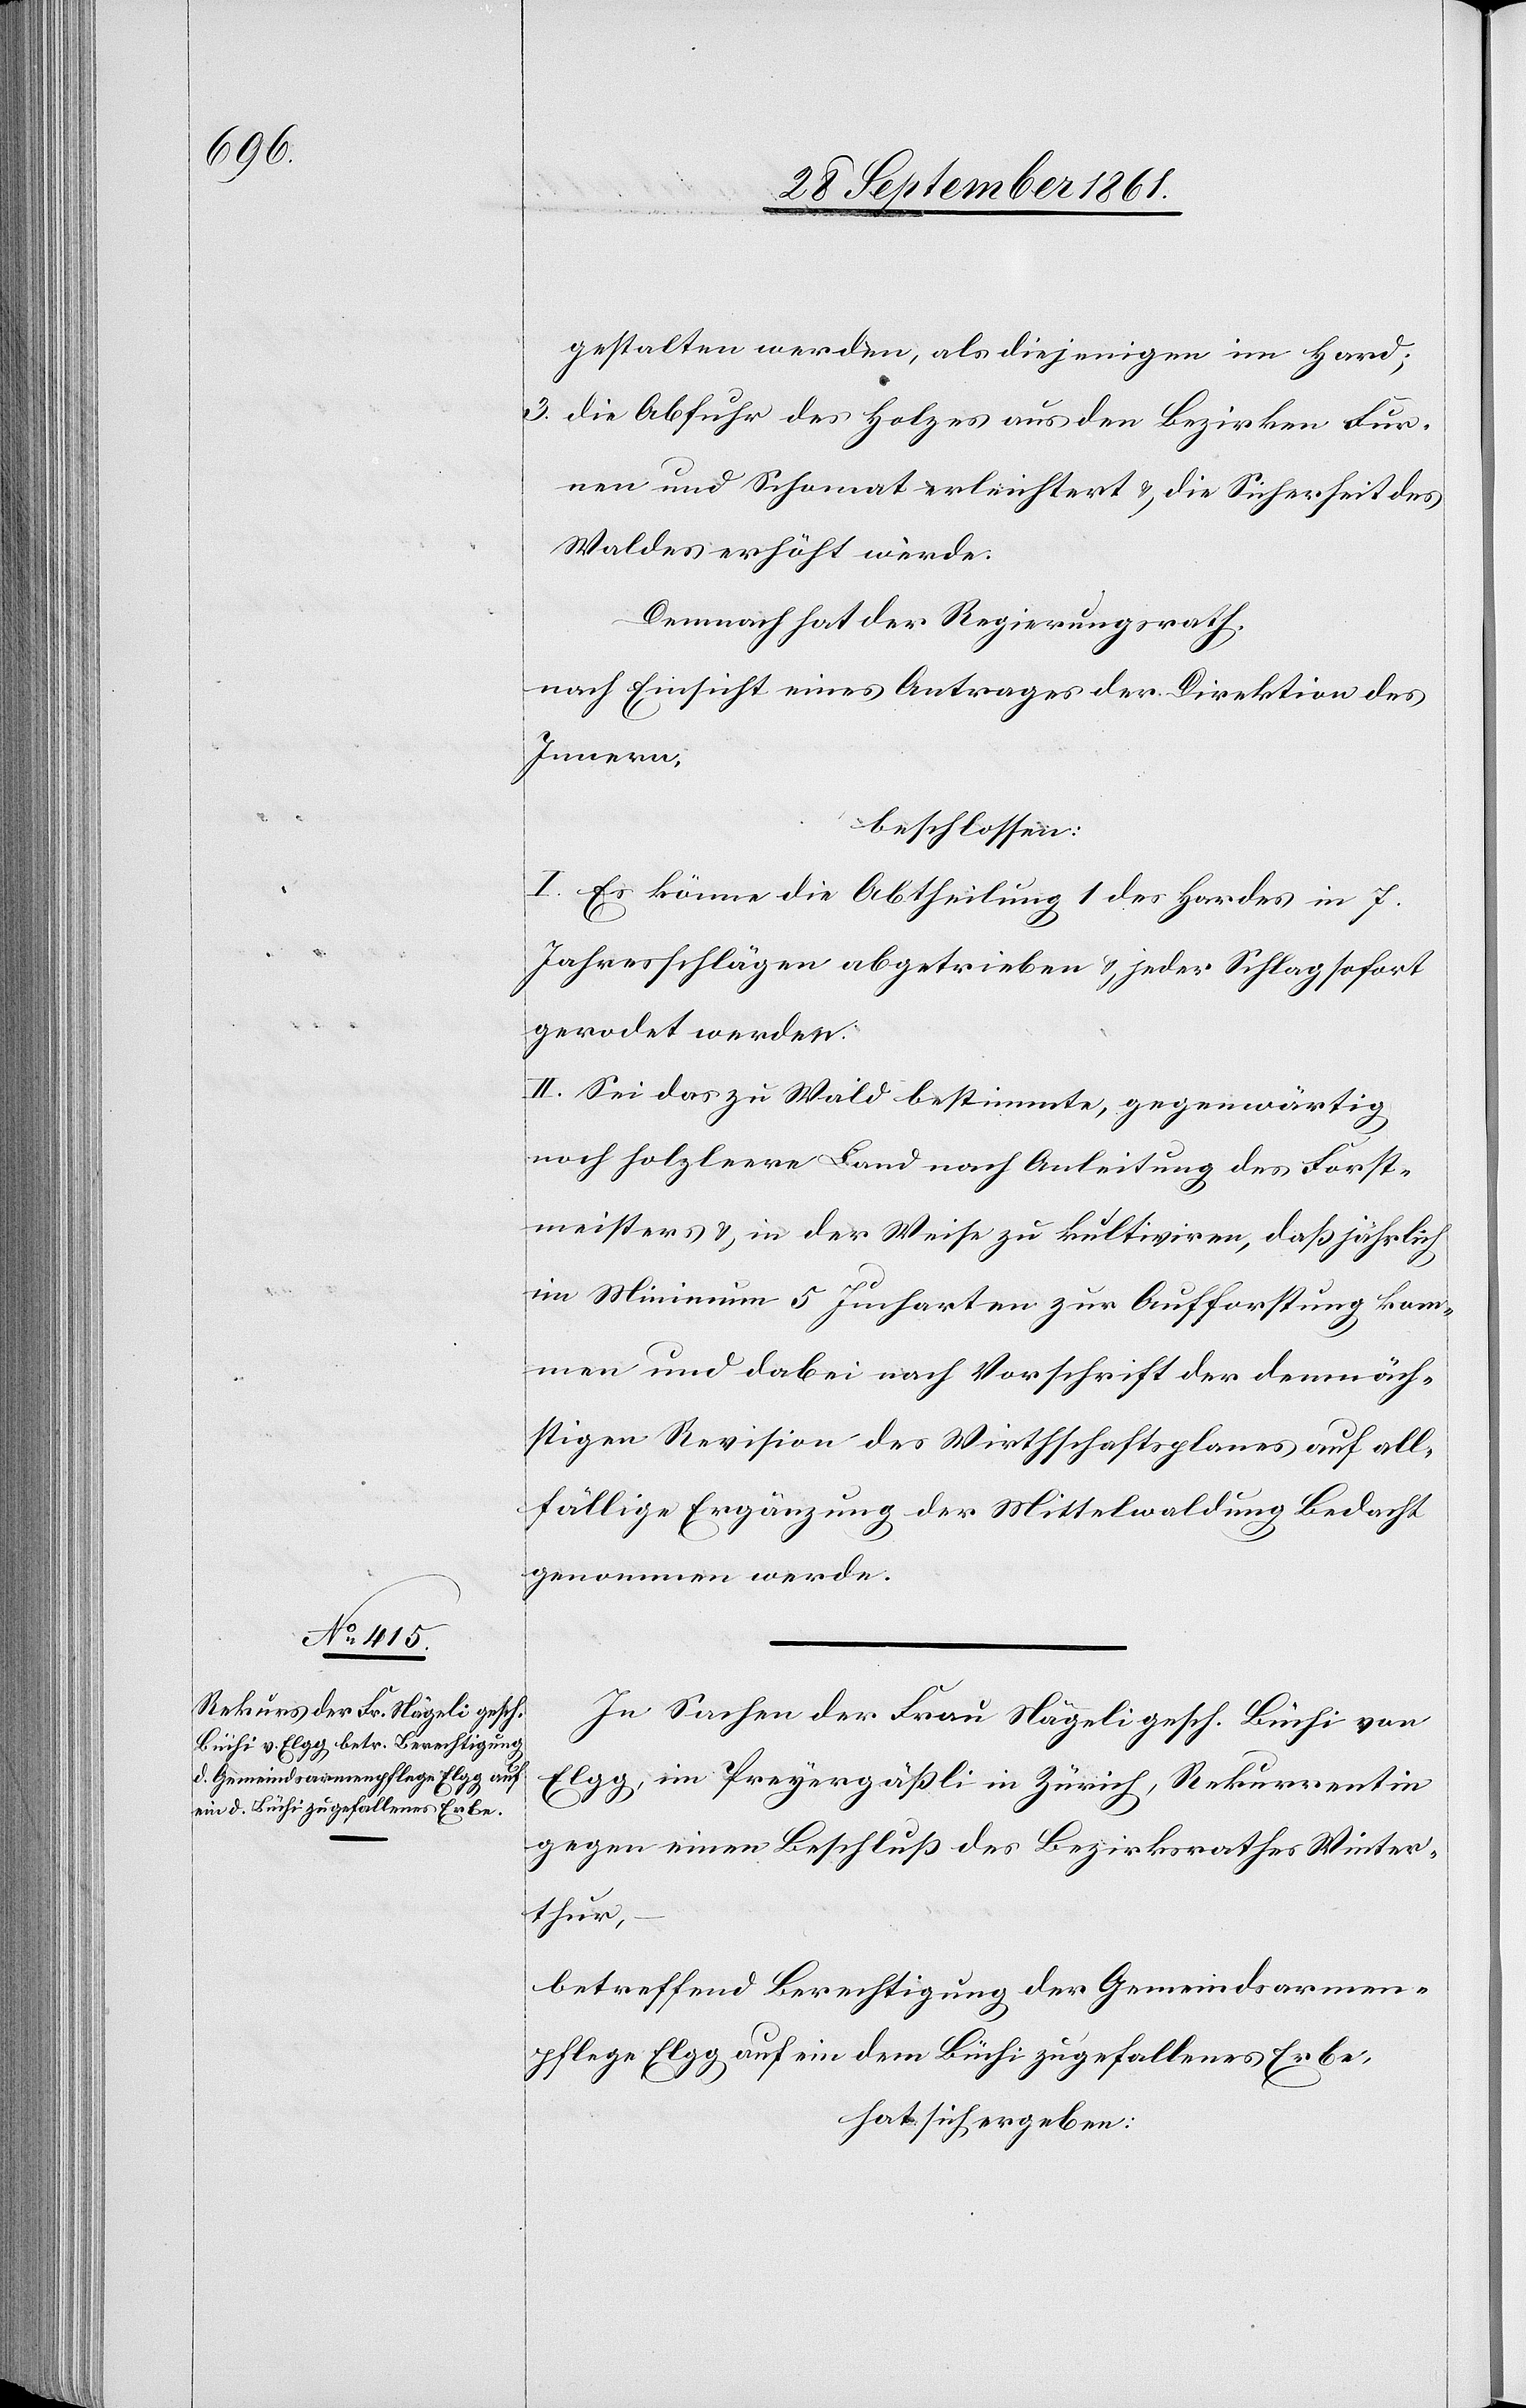
gestalten werden, als diejenigen im Hard;
3. die Abfuhr des Holzes aus den Bezirken Fur¬
ren und Schomat erleichtert u. die Sicherheit des
Waldes erhöht werde.
Demnach hat der Regierungsrath,
nach Einsicht eines Antrages der Direktion des
Innern,
beschlossen:
I. Es könne die Abtheilung 1 des Hardes in 7
Jahresschlägen abgetrieben u. jeder Schlag sofort
gerodet werden.
II. Sei das zu Wald bestimmte, gegenwärtig
noch holzleere Land nach Anleitung des Forst¬
meisters u. in der Weise zu kultiviren, daß jährlich
im Minimum 5 Jucharten zur Aufforstung kom¬
men und dabei nach Vorschrift der demnäch¬
stigen Revision des Wirthschaftsplanes auf all¬
fällige Ergänzung der Mittelwaldung Bedacht
genommen werde.
In Sachen der Frau Nägeli gesch. Büchi von
Elgg, im Preyergäßli in Zürich, Rekurrentin
gegen einen Beschluß des Bezirksrathes Winter¬
thur,
betreffend Berechtigung der Gemeindsarmen¬
pflege Elgg auf ein dem Büchi zugefallenes Erbe,
hat sich ergeben: